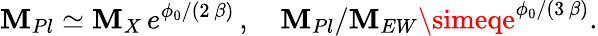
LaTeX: \mathbf{M}_{Pl}\simeq\mathbf{M}_{X}\, e^{\phi_{0}/(2\, \beta)}\, ,\quad\mathbf{M}_{Pl}/\mathbf{M}_{EW}\simeqe^{\phi_{0}/(3\, \beta)}.